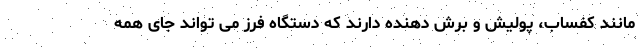
مانند کفساب، پولیش و برش دهنده دارند که دستگاه فرز می تواند جای همه